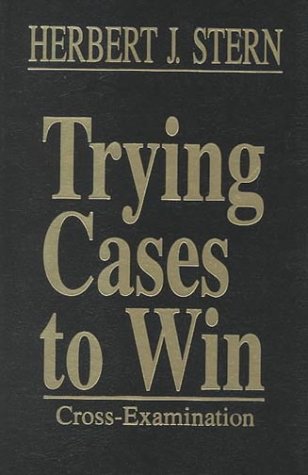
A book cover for Trying Cases To Win: Cross Examination (Trial Practice Library) (v. 3); Esq., Herbert J. Stern; Law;